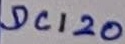
Text: DC120